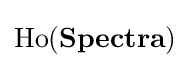
{\text{Ho}}({\textbf {Spectra}})